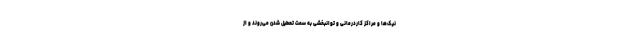
نیک‌ها و مراکز کاردرمانی و توانبخشی به سمت تعطیل شدن می‌روند و از